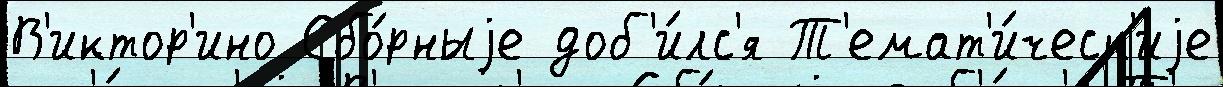
В'иктор'ино Сбо́рныjе доб'и́лс'я Т'емат'и́ческ'иjе